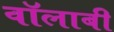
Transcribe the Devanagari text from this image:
वॉलाबी